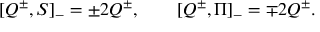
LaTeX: [ Q ^ { \pm } , S ] _ { - } = \pm 2 Q ^ { \pm } , \qquad [ Q ^ { \pm } , \Pi ] _ { - } = \mp 2 Q ^ { \pm } .